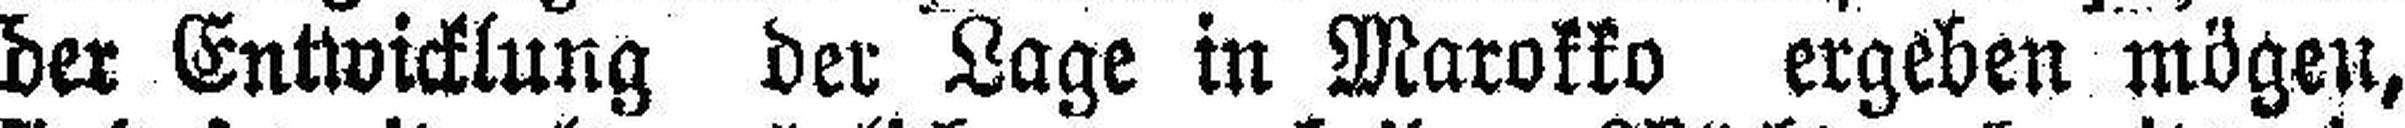
der Entwicklung der Lage in Marokko ergeben mögen,